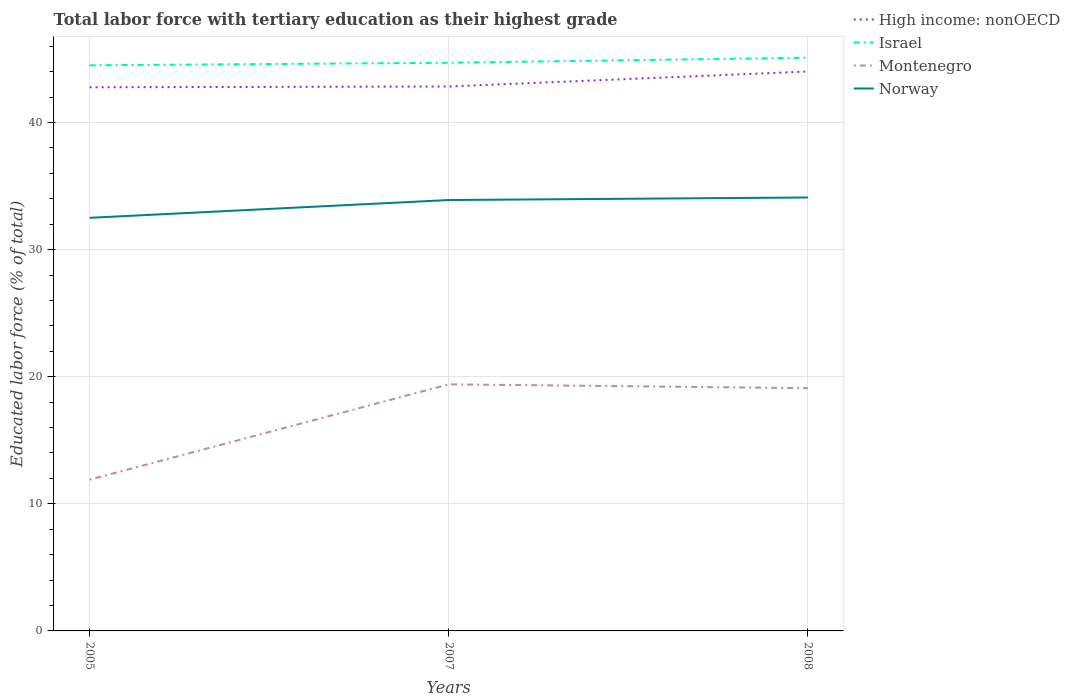
| Years | High income: nonOECD | Israel | Montenegro | Norway |
 | --- | --- | --- | --- | --- |
 | 2005 | 42.8 | 44.5 | 11.9 | 32.5 |
 | 2007 | 42.8 | 44.7 | 19.4 | 33.9 |
 | 2008 | 44 | 45.1 | 19.1 | 34.1 |